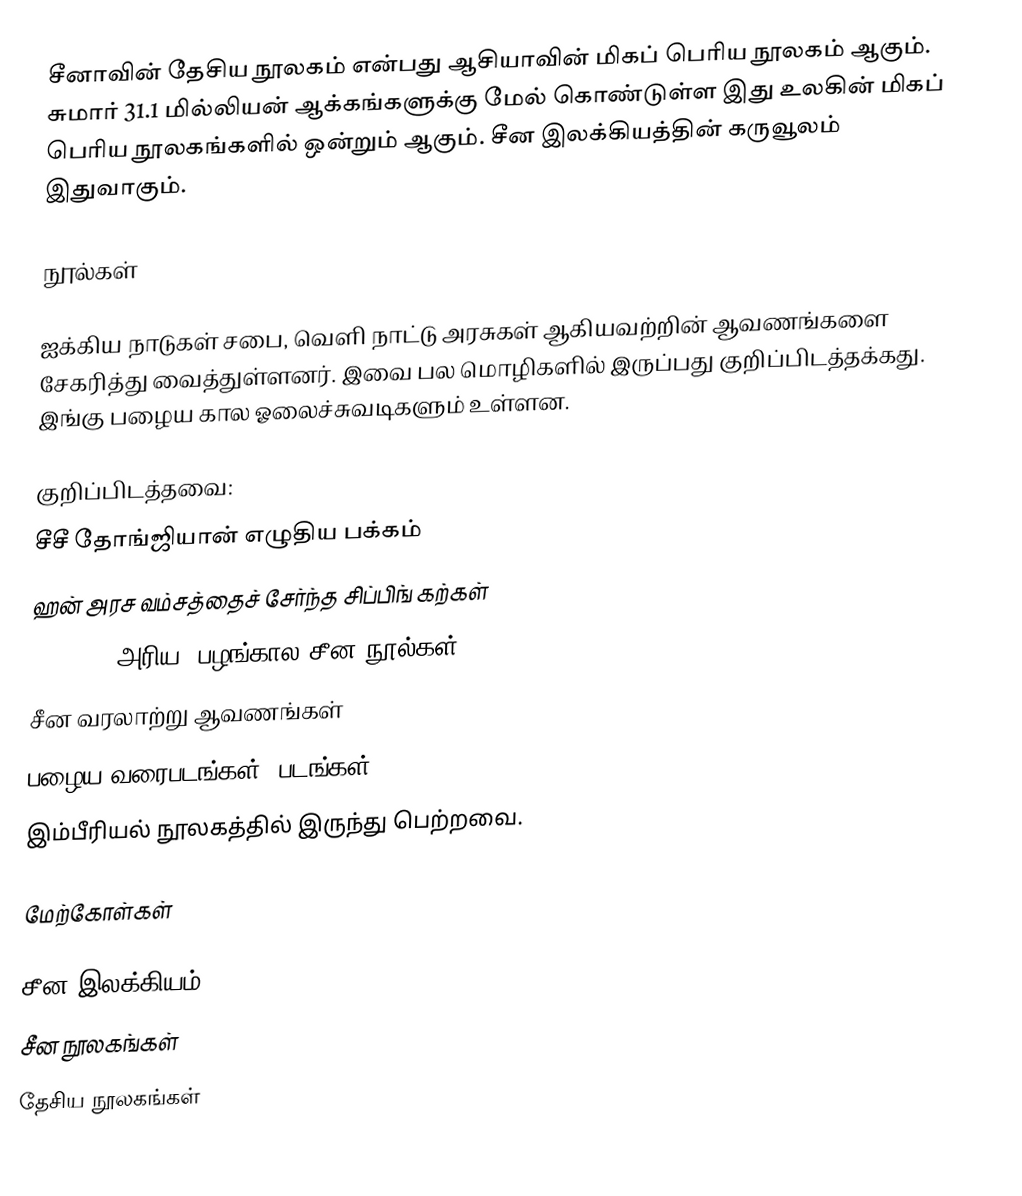
சீனாவின் தேசிய நூலகம் என்பது ஆசியாவின் மிகப் பெரிய நூலகம் ஆகும்.  சுமார் 31.1 மில்லியன் ஆக்கங்களுக்கு மேல் கொண்டுள்ள இது உலகின் மிகப் பெரிய நூலகங்களில் ஒன்றும் ஆகும்.  சீன இலக்கியத்தின் கருவூலம் இதுவாகும்.

நூல்கள்

ஐக்கிய நாடுகள் சபை, வெளி நாட்டு அரசுகள் ஆகியவற்றின் ஆவணங்களை சேகரித்து வைத்துள்ளனர். இவை பல மொழிகளில் இருப்பது குறிப்பிடத்தக்கது. இங்கு பழைய கால ஓலைச்சுவடிகளும் உள்ளன.

குறிப்பிடத்தவை:
சீசீ தோங்ஜியான் எழுதிய பக்கம்
ஹன் அரச வம்சத்தைச் சேர்ந்த சிப்பிங் கற்கள்
2,70,000 அரிய, பழங்கால சீன நூல்கள்
சீன வரலாற்று ஆவணங்கள்
பழைய வரைபடங்கள், படங்கள்
இம்பீரியல் நூலகத்தில் இருந்து பெற்றவை.

மேற்கோள்கள்

சீன இலக்கியம்
சீன நூலகங்கள்
தேசிய நூலகங்கள்